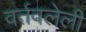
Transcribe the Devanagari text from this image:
वर्तवलेली